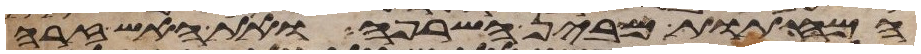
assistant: המחתות מבין השרפה ואת האש זרה